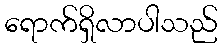
ရောက်ရှိလာပါသည်